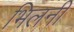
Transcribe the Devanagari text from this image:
भिलनी